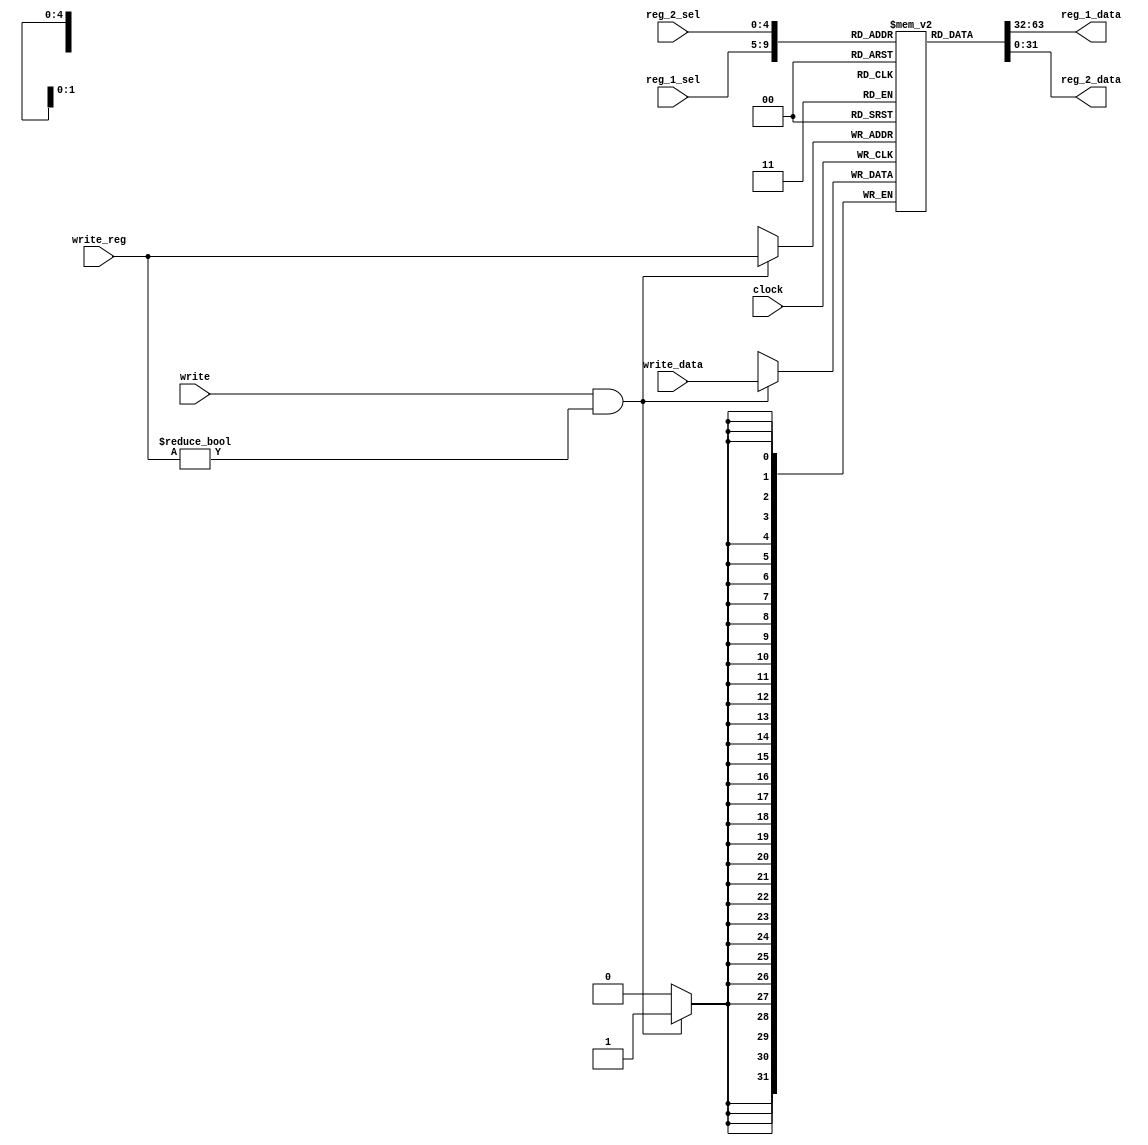
module reg_file (
	input  clock,
	input  write,
	input  [4:0]  reg_1_sel,
	input  [4:0]  reg_2_sel,	
	input  [4:0]  write_reg,
	input  [31:0] write_data,
	output [31:0] reg_1_data,
	output [31:0] reg_2_data
);
	reg [31:0] registers [31:0];

	initial registers [0] = 32'b0;
	
	assign reg_1_data = registers [reg_1_sel];
	assign reg_2_data = registers [reg_2_sel];

	always @(posedge clock) begin
		if (write && write_reg != 5'b0) begin
			registers [write_reg] <= write_data;
		end
	end

endmodule